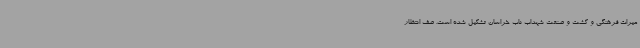
میراث فرهنگی و کشت و صنعت شهداب ناب خراسان تشکیل شده است. صف انتظار